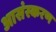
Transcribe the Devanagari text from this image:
आसंस्करण